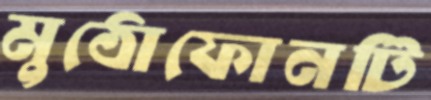
মুঠোফোনটি